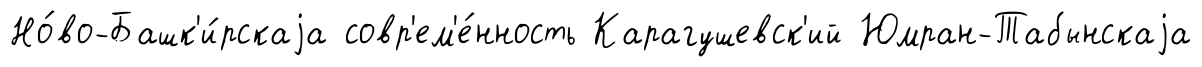
Но́во-Башк'и́рскаjа совр'ем'е́нность Карагушевск'ий Юмран-Табынскаjа